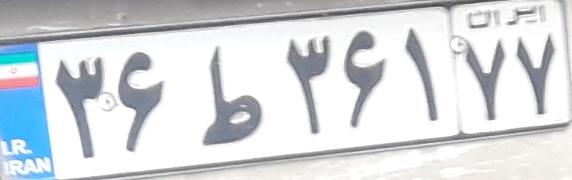
۳۶ط۳۶۱۷۷